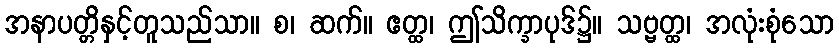
အနာပတ္တိနှင့်တူသည်သာ။ စ၊ ဆက်။ ဧတ္ထ၊ ဤသိက္ခာပုဒ်၌။ သဗ္ဗတ္ထ၊ အလုံးစုံသော